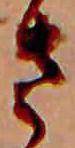
さ